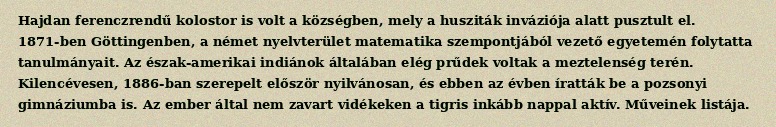
Hajdan ferenczrendű kolostor is volt a községben, mely a husziták inváziója alatt pusztult el. 1871-ben Göttingenben, a német nyelvterület matematika szempontjából vezető egyetemén folytatta tanulmányait. Az észak-amerikai indiánok általában elég prűdek voltak a meztelenség terén. Kilencévesen, 1886-ban szerepelt először nyilvánosan, és ebben az évben íratták be a pozsonyi gimnáziumba is. Az ember által nem zavart vidékeken a tigris inkább nappal aktív. Műveinek listája.